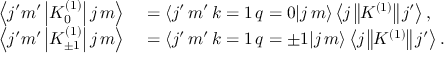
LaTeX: \begin{array} { r l } { \left\langle j ^ { \prime } m ^ { \prime } \left| K _ { 0 } ^ { ( 1 ) } \right| j \, m \right\rangle } & { { } = \left\langle j ^ { \prime } \, m ^ { \prime } \, k = 1 \, q = 0 | j \, m \right\rangle \left\langle j \left\| K ^ { ( 1 ) } \right\| j ^ { \prime } \right\rangle , } \\ { \left\langle j ^ { \prime } m ^ { \prime } \left| K _ { \pm 1 } ^ { ( 1 ) } \right| j \, m \right\rangle } & { { } = \left\langle j ^ { \prime } \, m ^ { \prime } \, k = 1 \, q = \pm 1 | j \, m \right\rangle \left\langle j \left\| K ^ { ( 1 ) } \right\| j ^ { \prime } \right\rangle . } \end{array}